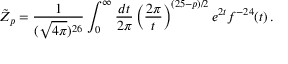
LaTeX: \tilde { Z } _ { p } = \frac { 1 } { ( \sqrt { 4 \pi } ) ^ { 2 6 } } \int _ { 0 } ^ { \infty } \frac { d t } { 2 \pi } \left( \frac { 2 \pi } { t } \right) ^ { ( 2 5 - p ) / 2 } e ^ { 2 t } f ^ { - 2 4 } ( t ) \, .